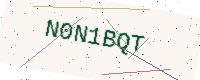
Text: N0N1BQT